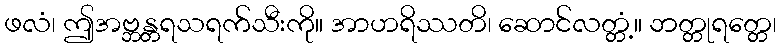
ဖလံ၊ ဤအဗ္ဘန္တရသရက်သီးကို။ အာဟရိဿတိ၊ ဆောင်လတ္တံ့။ ဘတ္တုရတ္တေ၊